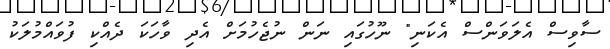
ސާވިސް އެލަވަންސް އެކަނި" ނޫހުގައި ނަން ނުޖެހުމަށް އެދި ވާހަކަ ދެއްކި ފުވައްމުލަކު